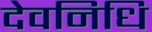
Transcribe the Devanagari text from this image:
देवनिधि